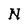
Character: N